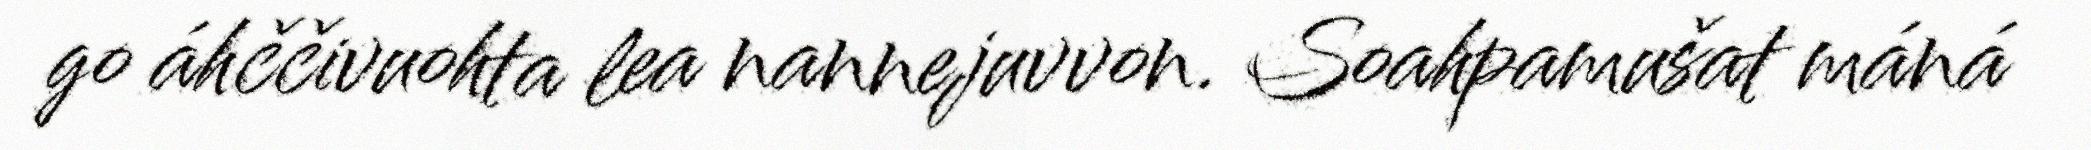
go áhččivuohta lea nannejuvvon. Soahpamušat máná